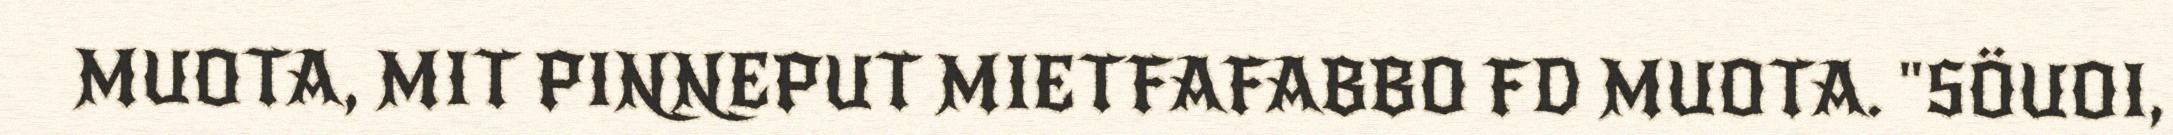
MUOTA, MIT PINNEPUT MIETFAFABBO FD MUOTA. "SÖUOI,